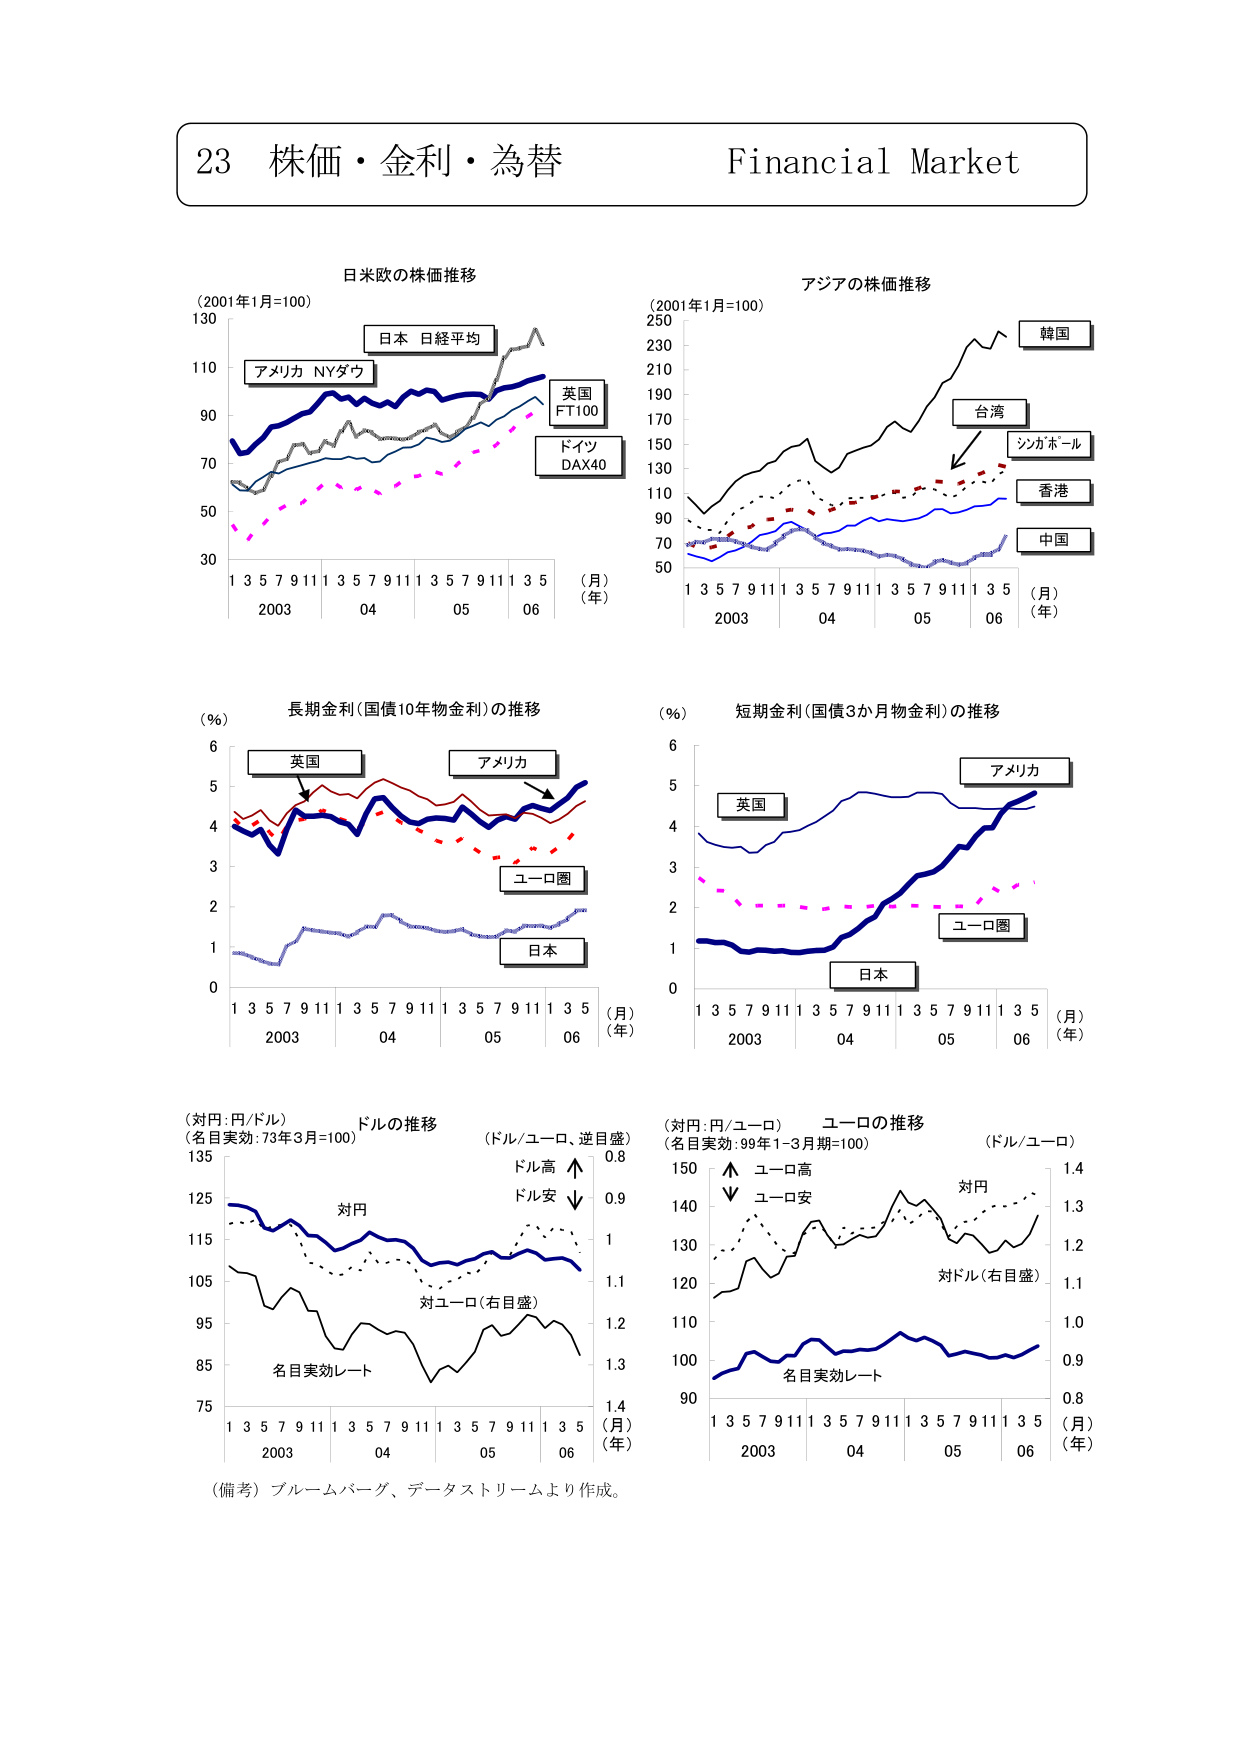
23 株価・金利・為替 Financial Market

日米欧の株価推移
(2001年1月=100)
130
110
90
70
50
30
1 3 5 7 9 11 1 3 5 7 9 11 1 3 5 7 9 11 1 3 5
2003 04 05 06
(月)
(年)
日本 日経平均
アメリカ NYダウ
英国 FT100
ドイツ DAX40

アジアの株価推移
(2001年1月=100)
250
230
210
190
170
150
130
110
90
70
50
1 3 5 7 9 11 1 3 5 7 9 11 1 3 5 7 9 11 1 3 5
2003 04 05 06
(月)
(年)
韓国
台湾
シンガポール
香港
中国

(％)
長期金利（国債10年物金利）の推移
6
5
4
3
2
1
0
1 3 5 7 9 11 1 3 5 7 9 11 1 3 5 7 9 11 1 3 5
2003 04 05 06
(月)
(年)
英国
アメリカ
ユーロ圏
日本

(％)
短期金利（国債3か月物金利）の推移
6
5
4
3
2
1
0
1 3 5 7 9 11 1 3 5 7 9 11 1 3 5 7 9 11 1 3 5
2003 04 05 06
(月)
(年)
アメリカ
英国
ユーロ圏
日本

(対円:円/ドル)
(名目実効:73年3月=100)
ドルの推移
(ドル/ユーロ、逆目盛)
135
125
115
105
95
85
75
1 3 5 7 9 11 1 3 5 7 9 11 1 3 5 7 9 11 1 3 5
2003 04 05 06
(月)
(年)
対円
対ユーロ（右目盛）
名目実効レート
ドル高 ↑
ドル安 ↓
0.8
0.9
1
1.1
1.2
1.3
1.4

(対円:円/ユーロ)
(名目実効:99年1-3月期=100)
ユーロの推移
(ドル/ユーロ)
150
140
130
120
110
100
90
1 3 5 7 9 11 1 3 5 7 9 11 1 3 5 7 9 11 1 3 5
2003 04 05 06
(月)
(年)
対円
対ドル（右目盛）
名目実効レート
ユーロ高 ↑
ユーロ安 ↓
1.4
1.3
1.2
1.1
1.0
0.9
0.8

（備考）ブルームバーグ、データストリームより作成。